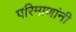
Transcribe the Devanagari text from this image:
परिमाणांनी